Report of the Municipal Commissioner on the plague in Bombay for the year ending 31st May... - Volume 1
Disease focus: Plague
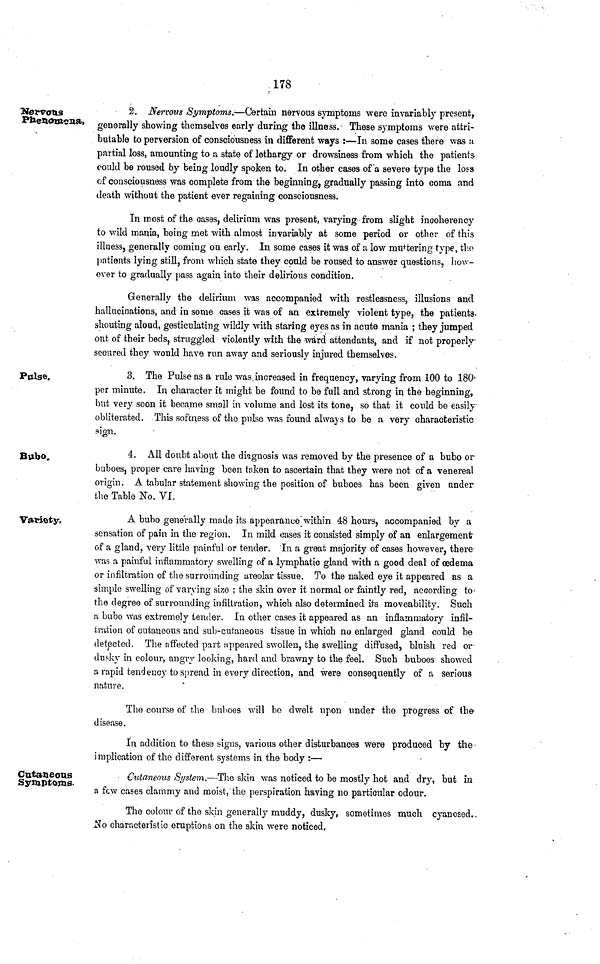
178
Netvous
Phenomena,
2. Nervous Symptoms.—Certain nervous symptoms were invariably present,
generally showing themselves early during the illness. These symptoms were attri-
butable to perversion of consciousness in different ways :—In some cases there was u
partial loss, amounting to a state of lethargy or drowsiness from which the patients-
could be roused by being loudly spoken to. In other cases of a severe type the loss
of consciousness was complete from the beginning, gradually passing into coma and
death without the patient ever regaining consciousness.
In most of the cases, delirinm was present, varying from slight inooherency
to wild mania, being met with almost invariably at some period or other of this
illness, generally coming on early. In some cases it was of a low mustering type, the
patients lying still, from which state they could be roused to answer questions, how-
ever to gradually pass again into their delirious condition.
Generally the delirium was accompanied with restlessness, illusions and
hallucinations, and in some cases it was of an extremely violent type, the patients
shouting aloud, gesticulating wildly with staring eyes as in acute mania ; they jumped
out of their beds, struggled violently with the ward attendants, and if not properly
secured they would have run away and seriously injured themselves.
Pulse.
3. The Pulse as a rule was increased in frequency, varying from 100 to 180
per minute. In character it might be found to be full and strong in the beginning,
but very soon it became small in volume and lost its tone, so that it could be easily
obliterated. This softness of the pulse was found always to be a very characteristic
sign.
Bubo.
4. All doubt about the diagnosis was removed by the presence of a bubo or
buboes, proper care having been taken to ascertain that they were not of a venereal
origin. A tabular statement showing the position of buboes has been given under
the Table No. VI.
Variety,
A bubo generally made its appearance within 48 hours, accompanied by a
sensation of pain in the region. In mild oases it consisted simply of an enlargement
of a gland, very little painful or tender. In a great majority of cases however, there
was a painful inflammatory swelling of a lymphatic gland with a good deal of oedema
or infiltration of the surrounding areolar tissue. To the naked eye it appeared as a
simple swelling of varying size ; the skin over it normal or faintly red, according to
the degree of surrounding infiltration, which also determined its moveability. Such
a bubo was extremely tender. In other cases it appeared as an inflammatory infil-
tration of cutaneous and sub-cutaneous tissue in which no enlarged gland could be
detected. The affected part nppeared swollen, the swelling diffused, bluish red or
dusky in colour, angry looking, hard and brawny to the feel. Such buboes showed
a rapid tendency to spread in every direction, and were consequently of a serious
nature.
The course of the buboes will be dwelt upon under the progress of the
disease.
In addition to these signs, various other disturbances were produced by the
implication of the different systems in the body :—
Cutaneous
Symptoms.
Cutaneous System.—The skin was noticed to be mostly hot and dry, but in
a few cases clammy and moist, the perspiration having no particular odour.
The colour of the skin generally muddy, dusky, sometimes much cyanosed.
No characteristic eruptions on the skin were noticed.